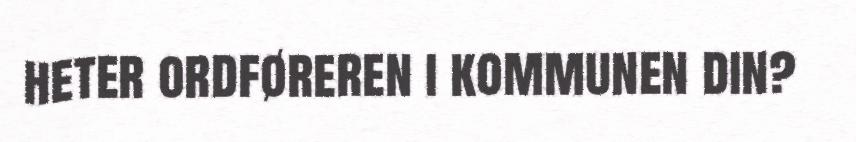
heter ordføreren i kommunen din?